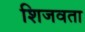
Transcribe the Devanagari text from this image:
शिजवता